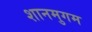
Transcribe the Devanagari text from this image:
शानमुगम